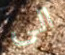
الى